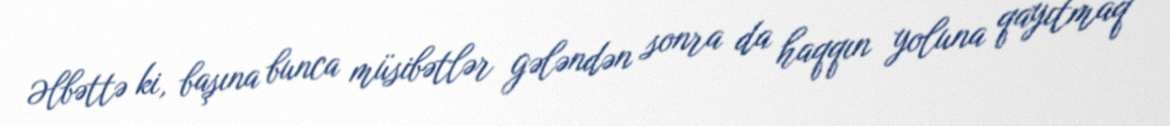
Əlbəttə ki, başına bunca müsibətlər gələndən sonra da haqqın yoluna qayıtmaq